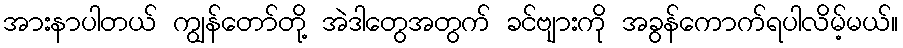
အားနာပါတယ် ကျွန်တော်တို့ အဲဒါတွေအတွက် ခင်ဗျားကို အခွန်ကောက်ရပါလိမ့်မယ်။